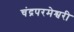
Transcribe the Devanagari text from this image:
चंद्रपरमेश्वरी